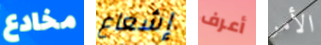
مخادع إشعاع أعرف الأمر